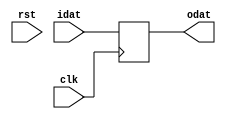
// Description     : variable size flip flop
//////////////////////////////////////////////////////////////////////////////////
(* keep_hierarchy = "yes" *) module fflopnx
    (
     clk,
     rst,
     idat,
     odat
     );

parameter WIDTH = 8;
parameter RESET_VALUE = {WIDTH{1'b0}};

input   clk, rst;

input  [WIDTH-1:0] idat;

output [WIDTH-1:0] odat;
reg    [WIDTH-1:0] odat = RESET_VALUE;

//always @ (posedge clk or negedge rst_)
always @ (posedge clk)
    begin
    //if(!rst_) odat <= RESET_VALUE;
    //else odat <= idat;
    odat <= idat;
    end

endmodule